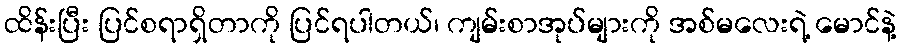
ထိန်းပြီး ပြင်စရာရှိတာကို ပြင်ရပါတယ်၊ ကျမ်းစာအုပ်များကို အစ်မလေးရဲ့ မောင်နဲ့